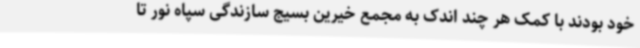
خود بودند با کمک هر چند اندک به مجمع خیرین بسیج سازندگی سپاه نور تا